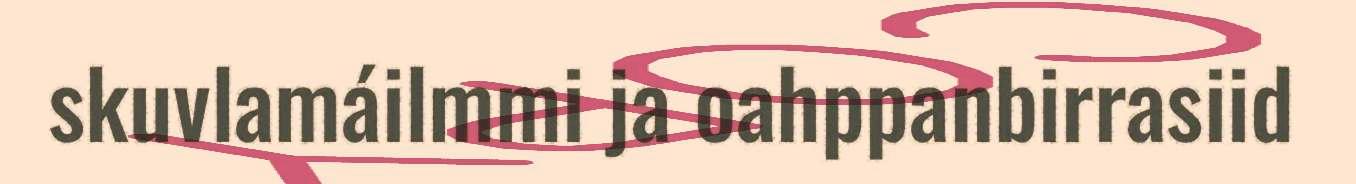
skuvlamáilmmi ja oahppanbirrasiid